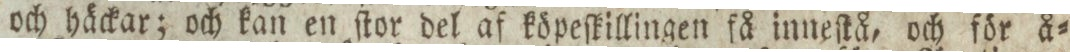
och häckar; och kan en ſtor del af köpeſkillingen få inneſtå, och för å=